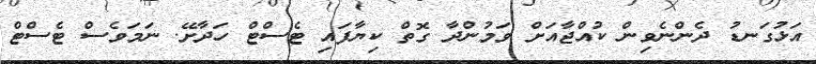
އަޅުގަނޑު ދެންނެވިން ކުއްޖާއަށް ވަމުންދާ ގޮތް ކިޔާފައި ޓެސްޓް ހަދާށޭ. ނަމަވެސް ޓެސްޓް